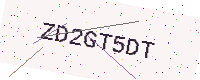
Text: ZD2GT5DT